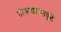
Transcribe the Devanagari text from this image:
तोफखान्यापुढे